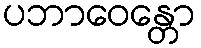
ပဘာဝေန္တော